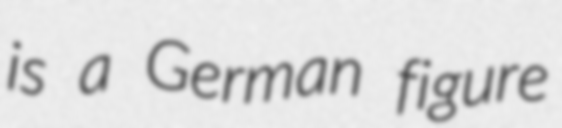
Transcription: is a German figure